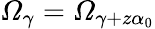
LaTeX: \mathcal{\Omega}_{\gamma}=\mathcal{\Omega}_{\gamma+z\alpha_{0}}